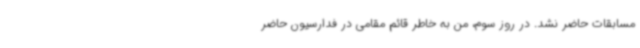
مسابقات حاضر نشد. در روز سوم، من به خاطر قائم مقامی در فدارسیون حاضر